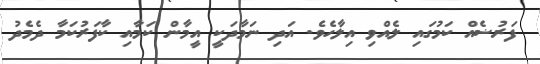
ފަރުޟެއް ކަމުގައި ލެއްވި އިލާހެވެ. އަދި ނަމާދަކީ އީމާން ކަމާއި ކާފަރުކަމާ ދެމެދު